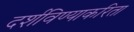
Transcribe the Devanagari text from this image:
दर्शविण्याकरिता